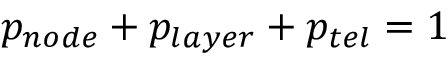
p _ { n o d e } + p _ { l a y e r } + p _ { t e l } = 1